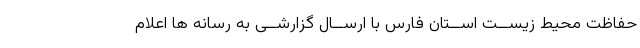
حفاظت محیط زیســت اســتان فارس با ارســال گزارشــى به رسانه ها اعلام